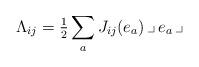
LaTeX: \begin{align*}\Lambda_{ij}=\tfrac12 \sum_a J_{ij}(e_a)\,\lrcorner\, e_a \,\lrcorner\end{align*}